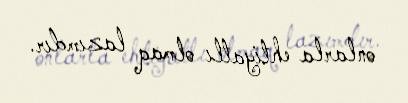
onlarla ehtiyatlı olmaq lazımdır.